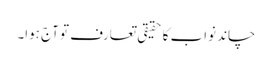
چاند نواب کا حقیقی تعارف تو آج ہوا۔